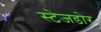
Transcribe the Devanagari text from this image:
स्टेजडोर